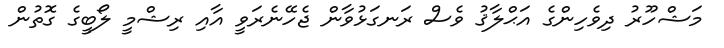
މަޝްހޫރު ދިވެހިންގެ އަޙްލާޤު ވެސް ރަނގަޅުވާން ޖެހޭނެރަވީ އާއި ރިޝްމީ ލޯބީގެ ގޮތުން